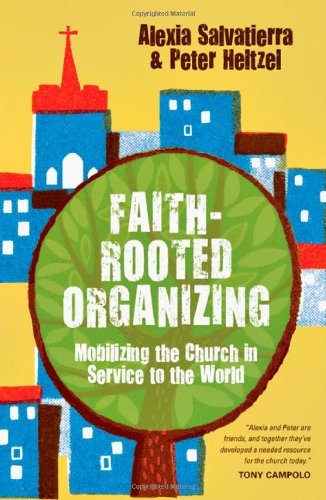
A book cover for Faith-Rooted Organizing: Mobilizing the Church in Service to the World; Rev. Alexia Salvatierra; Business & Money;